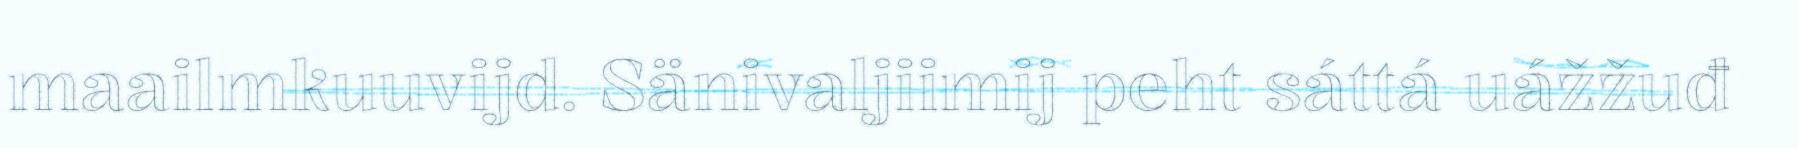
maailmkuuvijd. Sänivaljiimij peht sáttá uážžuđ